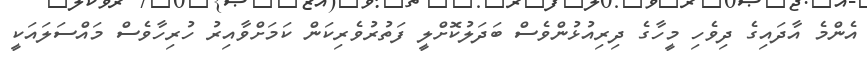
އެންމެ އާދައިގެ ދިވެހި މީހާގެ ދިރިއުޅުންވެސް ބަދަލުކޮށްލީ ފަތުރުވެރިކަން ކަމަށްވާއިރު ހުރިހާވެސް މައްސަލައަކީ